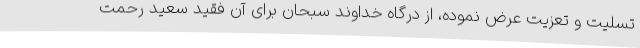
تسلیت و تعزیت عرض نموده، از درگاه خداوند سبحان برای آن فقید سعید رحمت